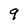
Character: 9